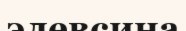
элевсина